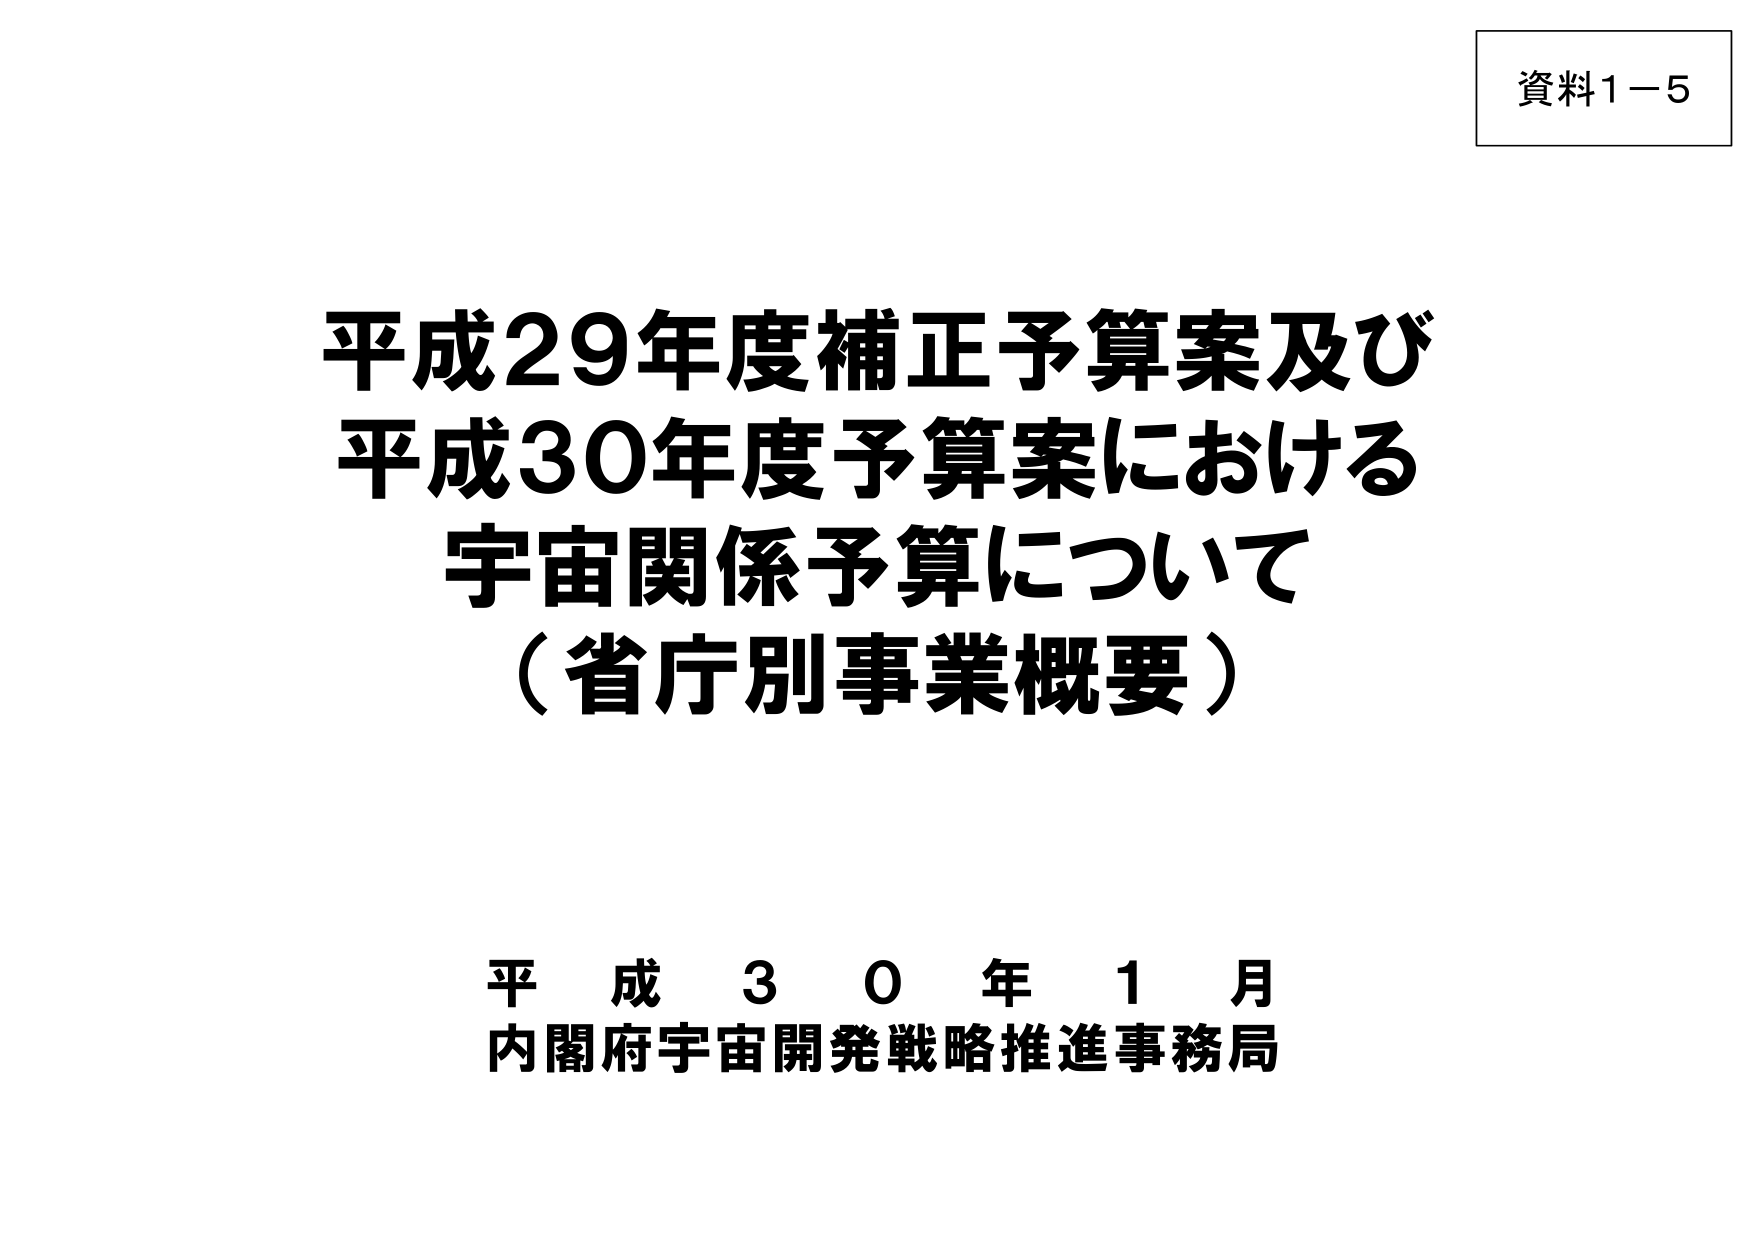
資料1－5

平成29年度補正予算案及び
平成30年度予算案における
宇宙関係予算について
（省庁別事業概要）

平成30年1月
内閣府宇宙開発戦略推進事務局